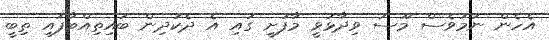
އެހެން ނަމަވެސް މޫސަ ވިދާޅުވީ މާފުށީ ގައި އެ ދެކުދިން ބައިތިއްބާފައި ތިބީ